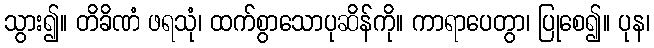
သွား၍။ တိခိဏံ ဖရသုံ၊ ထက်စွာသောပုဆိန်ကို။ ကာရာပေတွာ၊ ပြုစေ၍။ ပုန၊